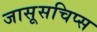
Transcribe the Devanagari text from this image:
जासूसचिप्स